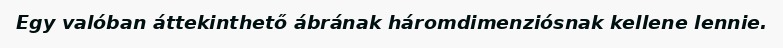
Egy valóban áttekinthető ábrának háromdimenziósnak kellene lennie.